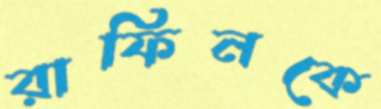
রাফিনকে